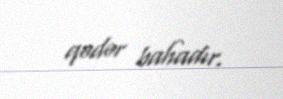
qədər bahadır.